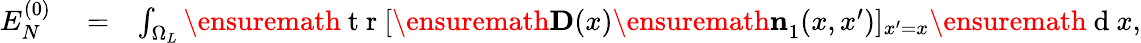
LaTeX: \begin{array}{rlr}{E_{N}^{(0)}}&{{}=}&{\int_{\Omega_{L}}\ensuremath{\mathrm{~t~r~}}[\ensuremath{\mathbf{D}}(x)\ensuremath{\mathbf{n}}_{1}^{}(x,x^{\prime})]_{x^{\prime}=x}\ensuremath{\mathrm{~d~}}x,}\end{array}